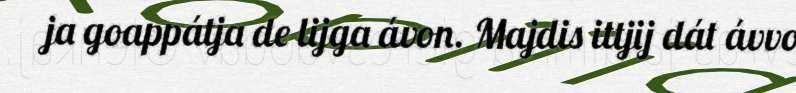
ja goappátja de lijga ávon. Majdis ittjij dát ávvo